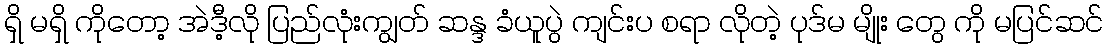
ရှိ မရှိ ကိုတော့ အဲဒီ့လို ပြည်လုံးကျွတ် ဆန္ဒ ခံယူပွဲ ကျင်းပ စရာ လိုတဲ့ ပုဒ်မ မျိုး တွေ ကို မပြင်ဆင်